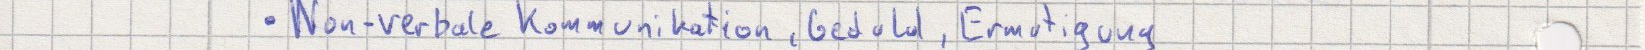
Non-verbale Kommunikation, Geduld, Ermutigung